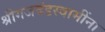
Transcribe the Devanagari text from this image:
श्रीगजदंडस्वामींना